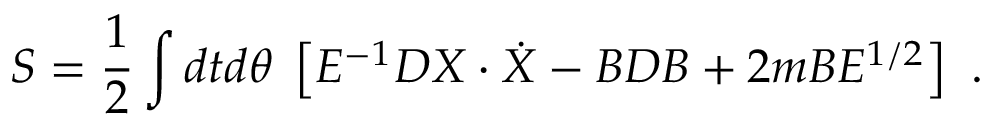
S = { \frac { 1 } { 2 } } \int d t d \theta \; \left[ E ^ { - 1 } D X \cdot \dot { X } - B D B + 2 m B E ^ { 1 / 2 } \right] \ .